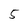
Character: 5